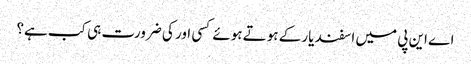
اے این پی میں اسفند یار کے ہوتے ہوئے کسی اور کی ضرورت ہی کب ہے؟